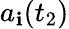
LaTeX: a_{\mathbf{i}}(t_{2})